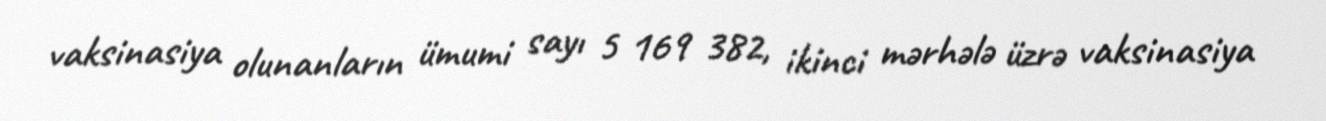
vaksinasiya olunanların ümumi sayı 5 169 382, ikinci mərhələ üzrə vaksinasiya